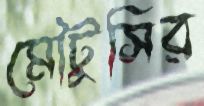
মৌটুসির